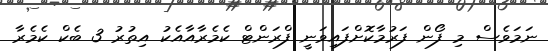
ނަމަވެސް މި ފޯން ފަރުމާކޮށްފައިވަނީ ފްރަންޓް ކެމެރާއާއެކު އިތުރު 3 ބެކް ކެމެރާ